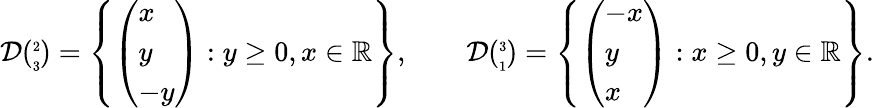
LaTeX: \mathcal{D}({\tiny\begin{array}{cc}{2}\\ {3}\end{array}})=\left\{ \left(\begin{array}{l}{x}\\ {y}\\ {-y}\end{array}\right):y\geq 0,x\in\mathbb{R}\right\} ,\qquad\mathcal{D}({\tiny\begin{array}{cc}{3}\\ {1}\end{array}})=\left\{ \left(\begin{array}{l}{-x}\\ {y}\\ {x}\end{array}\right):x\geq 0,y\in\mathbb{R}\right\} .